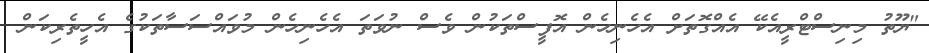
"ޔޫތު މިނިސްޓްރީއެކޭ އެއްްގޮތަށް އެހެނިހެން އޮފީސްތަކުން ވެސް ނުވަތަ އެހެނިހެން މުވައްސަސާތަކުގެ އެހީތެރިކަން